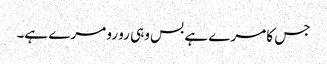
جس کا مرے ہے بس وہی رو رو مرے ہے۔